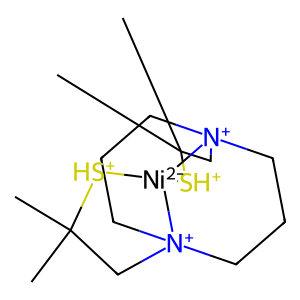
SMILES: CC1(C)C[N+]23CCC[N+]4(CCC2)CC(C)(C)[SH+][Ni-2]34[SH+]1
Inhibits HIV replication: No